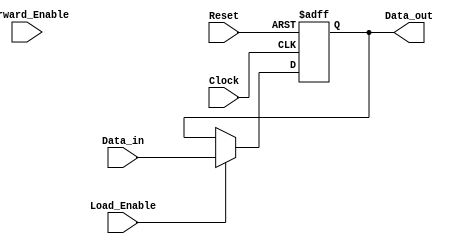
module Forwarding_Register (
    input wire [N-1:0] Data_in,      // Input data bus
    input wire Forward_Enable,        // Forwarding enable signal
    input wire Load_Enable,           // Load enable signal
    input wire Clock,                 // Clock signal
    input wire Reset,                 // Asynchronous reset signal
    output reg [N-1:0] Data_out       // Output data bus
);
    parameter N = 8; // Define the width of the data bus

    // Asynchronous reset behavior
    always @(posedge Clock or posedge Reset) begin
        if (Reset) begin
            Data_out <= {N{1'b0}}; // Reset Data_out to zero
        end else if (Load_Enable) begin
            Data_out <= Data_in;   // Load new data
        end else if (Forward_Enable) begin
            // Forward the current value of Data_out (no change)
            Data_out <= Data_out;   // This line is optional as it does not change the value
        end
        // If neither Load_Enable nor Forward_Enable are asserted, Data_out holds its previous value
    end

endmodule